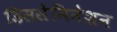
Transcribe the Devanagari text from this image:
डिससेमिनेशन